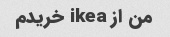
من از ikea خریدم